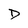
Character: D